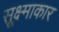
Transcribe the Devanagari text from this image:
सूक्ष्माकार